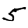
Digit: 5